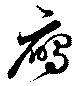
雁